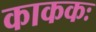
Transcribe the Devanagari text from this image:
काककः